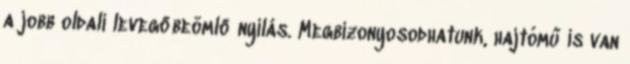
a jobb oldali levegőbeömlő nyílás. Megbizonyosodhatunk, hajtómű is van